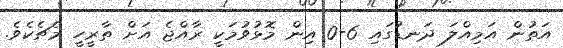
އަތުން އަމިއްލަ ދަނޑުގައި 6-0 އިން މޮޅުވުމަކީ ރާއްޖެ އަށް ތާރީހީ މެޗެކެވެ.